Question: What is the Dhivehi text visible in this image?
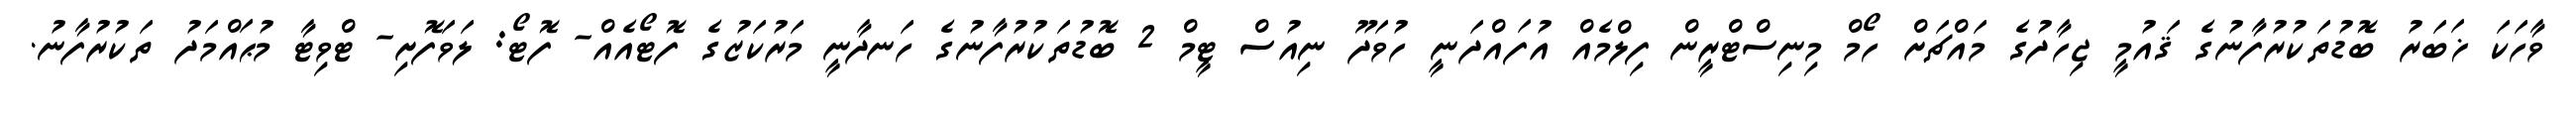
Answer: ވާހަކަ ޚަބަރު ބޮޑުތަކުރުފާނުގެ ޤައުމީ ޖިހާދުގެ މައްޗަށް ހޯމް މިނިސްޓްރީން ފިލްމެއް އުފައްދަނީ ހުވަދޫ ނިއުސް ޓީމް 2 ބޮޑުތަކުރުފާނުގެ ހަނދާނީ މަރުކަޒުގެ ފޮޓޯއެއް- ފޮޓޯ: ލަވަފޮށި- ޓްވިޓާ މުޙައްމަދު ތަކުރުފާނު.